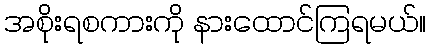
အစိုးရစကားကို နားထောင်ကြရမယ်။